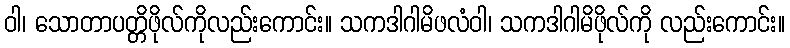
ဝါ၊ သောတာပတ္တိဖိုလ်ကိုလည်းကောင်း။ သကဒါဂါမိဖလံဝါ၊ သကဒါဂါမိဖိုလ်ကို လည်းကောင်း။